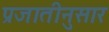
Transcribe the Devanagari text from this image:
प्रजातीनुसार